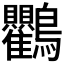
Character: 𮭠